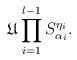
LaTeX: \begin{align*}\mathfrak{U}\prod^{l-1}_{i=1} S^{\eta_i}_{\alpha_i}. \end{align*}